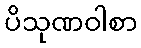
ပိသုဏဝါစာ